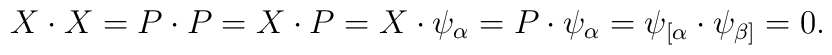
X\cdot X=P\cdot P=X\cdot P=X\cdot \psi _{\alpha }=P\cdot \psi _{\alpha}=\psi _{\lbrack \alpha }\cdot \psi _{\beta ]}=0.